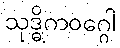
သုဒ္ဓိကဝဂ္ဂေါ